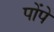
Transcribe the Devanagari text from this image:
पोंपे